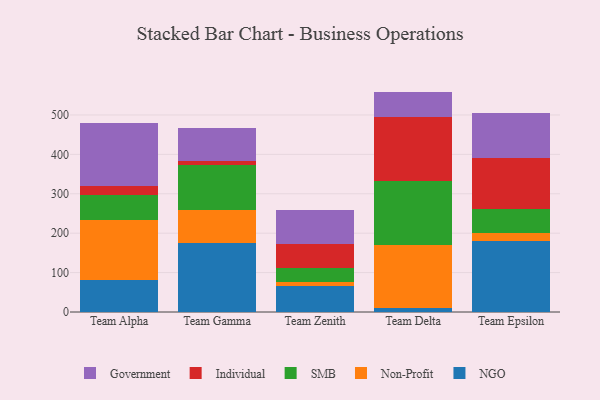
{"axis": {"x": "Team", "y": "Population (Million)"}, "legend": ["Government", "Individual", "NGO", "Non-Profit", "SMB"], "data": [{"x": "Team Alpha", "y": 81.1, "type": "NGO"}, {"x": "Team Alpha", "y": 153.2, "type": "Non-Profit"}, {"x": "Team Alpha", "y": 63.0, "type": "SMB"}, {"x": "Team Alpha", "y": 23.7, "type": "Individual"}, {"x": "Team Alpha", "y": 158.4, "type": "Government"}, {"x": "Team Gamma", "y": 175.2, "type": "NGO"}, {"x": "Team Gamma", "y": 83.4, "type": "Non-Profit"}, {"x": "Team Gamma", "y": 113.7, "type": "SMB"}, {"x": "Team Gamma", "y": 11.5, "type": "Individual"}, {"x": "Team Gamma", "y": 83.3, "type": "Government"}, {"x": "Team Zenith", "y": 66.3, "type": "NGO"}, {"x": "Team Zenith", "y": 10.4, "type": "Non-Profit"}, {"x": "Team Zenith", "y": 35.2, "type": "SMB"}, {"x": "Team Zenith", "y": 60.9, "type": "Individual"}, {"x": "Team Zenith", "y": 85.8, "type": "Government"}, {"x": "Team Delta", "y": 10.5, "type": "NGO"}, {"x": "Team Delta", "y": 158.6, "type": "Non-Profit"}, {"x": "Team Delta", "y": 163.5, "type": "SMB"}, {"x": "Team Delta", "y": 162.6, "type": "Individual"}, {"x": "Team Delta", "y": 64.1, "type": "Government"}, {"x": "Team Epsilon", "y": 179.7, "type": "NGO"}, {"x": "Team Epsilon", "y": 20.6, "type": "Non-Profit"}, {"x": "Team Epsilon", "y": 61.7, "type": "SMB"}, {"x": "Team Epsilon", "y": 128.8, "type": "Individual"}, {"x": "Team Epsilon", "y": 114.1, "type": "Government"}]}